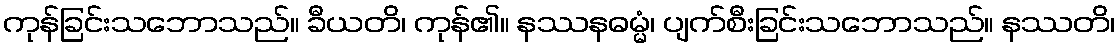
ကုန်ခြင်းသဘောသည်။ ခီယတိ၊ ကုန်၏။ နဿနဓမ္မံ၊ ပျက်စီးခြင်းသဘောသည်။ နဿတိ၊